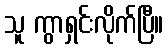
သူ ကွာရှင်းလိုက်ပြီ။